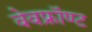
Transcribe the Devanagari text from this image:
वेवफ्रॉण्ट